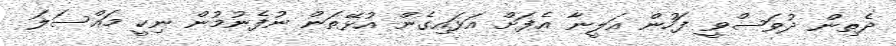
ދެތިން ދުވަސްވީ ފަހުން އަލީނާ އެފަށް އަޅައިގެން އުޅޭތަން ނުފެނުމުން ނިކީ މައްސަލަ